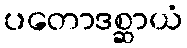
ပတောဒစ္ဆာယံ